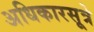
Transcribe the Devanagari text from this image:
अधिकारसूत्रे